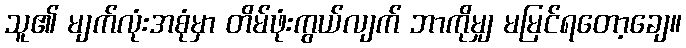
သူ၏ မျက်လုံးအစုံမှာ တိမ်ဖုံးကွယ်လျက် ဘာကိုမျှ မမြင်ရတော့ချေ။